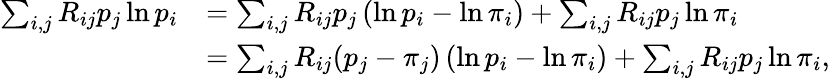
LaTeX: \begin{array}{rl}{\sum_{i,j}R_{ij}p_{j}\ln p_{i}}&{=\sum_{i,j}R_{ij}p_{j}\left(\ln p_{i}-\ln\pi_{i}\right)+\sum_{i,j}R_{ij}p_{j}\ln\pi_{i}}\\ &{=\sum_{i,j}R_{ij}(p_{j}-\pi_{j})\left(\ln p_{i}-\ln\pi_{i}\right)+\sum_{i,j}R_{ij}p_{j}\ln\pi_{i},}\end{array}